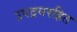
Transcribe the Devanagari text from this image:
उपद्रवरहित